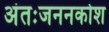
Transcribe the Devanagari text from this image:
अंतःजननकोश